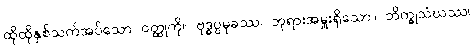
ထိုထိုနှစ်သက်အပ်သော ဝတ္ထုကို။ ဗုဒ္ဓပ္ပမုခဿ၊ ဘုရားအမှူးရှိသော။ ဘိက္ခုသံဃဿ၊